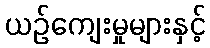
ယဉ်ကျေးမှုများနှင့်